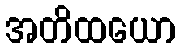
အတိထယော